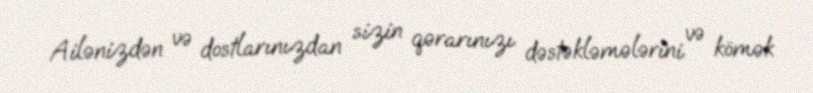
Ailənizdən və dostlarınızdan sizin qərarınızı dəstəkləmələrini və kömək